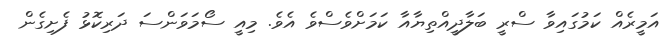
އަމީރެއް ކަމުގައިވާ ސްރީ ބަލާދީއްތިޔާއާ ކަމަށްވެސްވެ އެވެ. މިއީ ސޯމަވަންސަ ދަރިކޮޅު ފެށިގެން